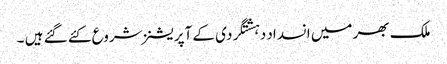
ملک بھر میں انسداد دہشتگردی کے آپریشنز شروع کئے گئے ہیں ۔